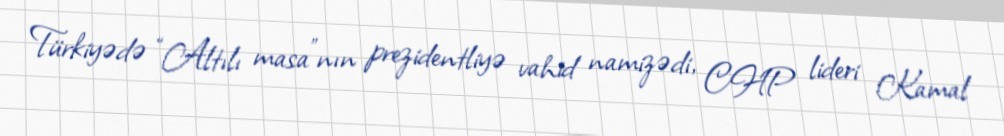
Türkiyədə “Altılı masa”nın prezidentliyə vahid namizədi, CHP lideri Kamal